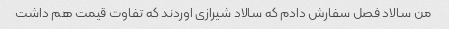
من سالاد فصل سفارش دادم که سالاد شیرازی اوردند که تفاوت قیمت هم داشت